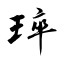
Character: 琗